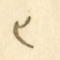
٣